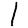
Digit: 1